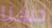
حسنا